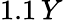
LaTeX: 1.1\, Y